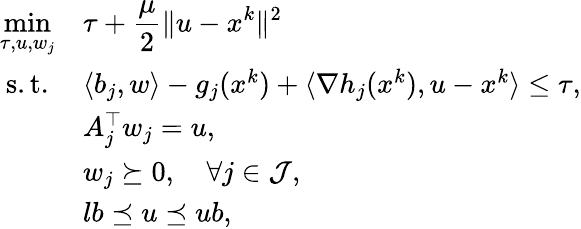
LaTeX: \begin{array}{cl}{\displaystyle\min_{\tau,u,w_{j}}}&{\tau+\displaystyle\frac{\mu}{2}\| u-x^{k}\| ^{2}}\\ {\mathrm{s.t.}}&{\langle b_{j},w\rangle-g_{j}(x^{k})+\langle\nabla h_{j}(x^{k}),u-x^{k}\rangle\leq\tau,}\\ &{A_{j}^{\top}w_{j}=u,}\\ &{w_{j}\succeq 0,\quad\forall j\in{\cal J},}\\ &{lb\preceq u\preceq ub,}\end{array}